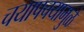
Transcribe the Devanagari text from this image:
चयापचयामुळे